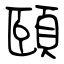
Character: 頤